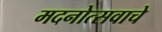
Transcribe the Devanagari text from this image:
मदनोत्सवाचे